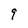
Character: 9